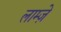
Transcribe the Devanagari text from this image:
लाम्ज़े